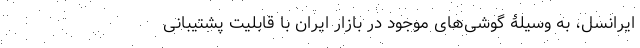
ایرانسل، به وسیلۀ گوشی‌های موجود در بازار ایران با قابلیت پشتیبانی